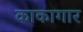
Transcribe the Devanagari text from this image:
काकागार